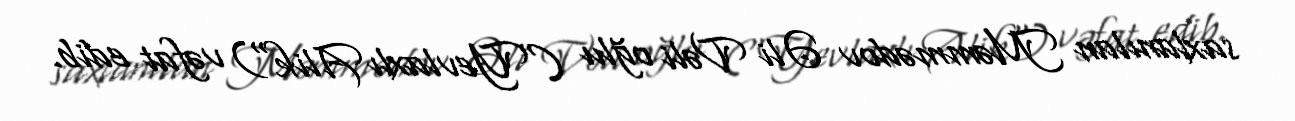
saxlanılan Məmmədov Əli Vəli oğlu ("Yevlaxlı Alik") vəfat edib.